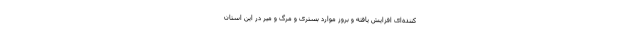
‌کننده‌ای افزایش یافته و بروز موارد بستری و مرگ و میر در این استان